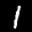
Label: 1